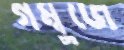
গম্বুজে